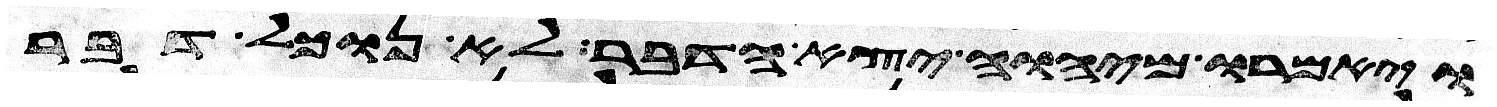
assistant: ויאמרו מיהוה יצא הדבר לא נוכל דבר